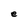
Character: e